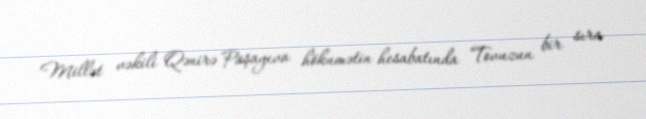
Millət vəkili Qənirə Paşayeva hökumətin hesabatında Tovuzun bir sıra